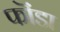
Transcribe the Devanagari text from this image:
फॊंडा